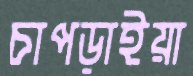
চাপড়াইয়া